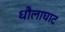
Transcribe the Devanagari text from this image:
धौलाघाट